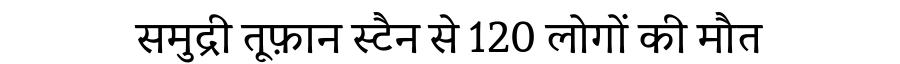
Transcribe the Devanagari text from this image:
समुद्री तूफ़ान स्टैन से 120 लोगों की मौत